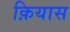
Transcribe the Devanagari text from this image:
क़ियास